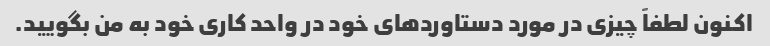
اکنون لطفاً چیزی در مورد دستاوردهای خود در واحد کاری خود به من بگویید.